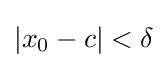
|x_{0}-c|<\delta